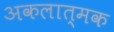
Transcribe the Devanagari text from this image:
अकलात्मक